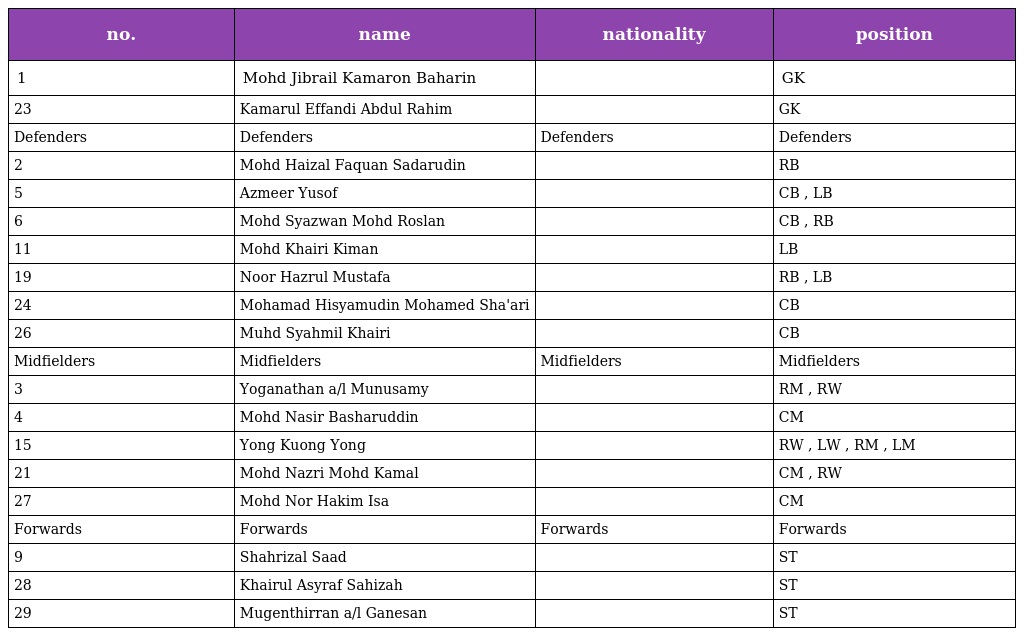
| no. | name | nationality | position |
 | --- | --- | --- | --- |
 | 1 | Mohd Jibrail Kamaron Baharin |  | GK |
 | 23 | Kamarul Effandi Abdul Rahim |  | GK |
 | Defenders | Defenders | Defenders | Defenders |
 | 2 | Mohd Haizal Faquan Sadarudin |  | RB |
 | 5 | Azmeer Yusof |  | CB , LB |
 | 6 | Mohd Syazwan Mohd Roslan |  | CB , RB |
 | 11 | Mohd Khairi Kiman |  | LB |
 | 19 | Noor Hazrul Mustafa |  | RB , LB |
 | 24 | Mohamad Hisyamudin Mohamed Sha'ari |  | CB |
 | 26 | Muhd Syahmil Khairi |  | CB |
 | Midfielders | Midfielders | Midfielders | Midfielders |
 | 3 | Yoganathan a/l Munusamy |  | RM , RW |
 | 4 | Mohd Nasir Basharuddin |  | CM |
 | 15 | Yong Kuong Yong |  | RW , LW , RM , LM |
 | 21 | Mohd Nazri Mohd Kamal |  | CM , RW |
 | 27 | Mohd Nor Hakim Isa |  | CM |
 | Forwards | Forwards | Forwards | Forwards |
 | 9 | Shahrizal Saad |  | ST |
 | 28 | Khairul Asyraf Sahizah |  | ST |
 | 29 | Mugenthirran a/l Ganesan |  | ST |